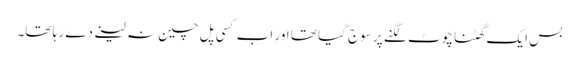
بس ایک گھٹنا چوٹ لگنے پر سوج گیا تھا اور اب کسی پل چین نہ لینے دے رہا تھا۔